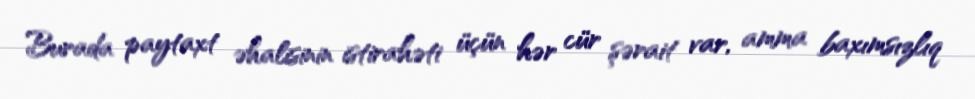
Burada paytaxt əhalisinin istirahəti üçün hər cür şərait var, amma baxımsızlıq